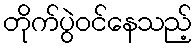
တိုက်ပွဲဝင်နေသည့်